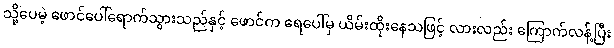
သို့ပေမဲ့ ဖောင်ပေါ်ရောက်သွားသည်နှင့် ဖောင်က ရေပေါ်မှ ယိမ်းထိုးနေသဖြင့် လားလည်း ကြောက်လန့်ပြီး